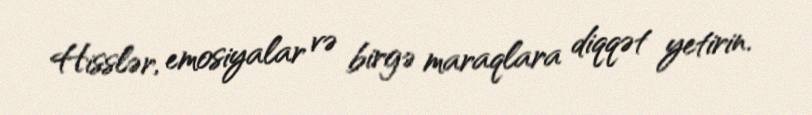
Hisslər, emosiyalar və birgə maraqlara diqqət yetirin.